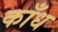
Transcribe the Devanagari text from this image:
काँध